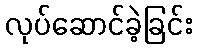
လုပ်ဆောင်ခဲ့ခြင်း